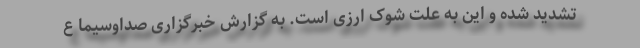
تشدید شده و این به علت شوک ارزی است. به گزارش خبرگزاری صداوسیما ع